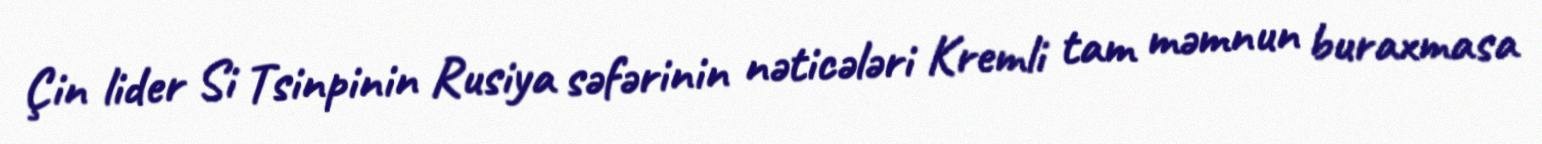
Çin lider Si Tsinpinin Rusiya səfərinin nəticələri Kremli tam məmnun buraxmasa